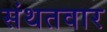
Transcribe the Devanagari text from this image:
संथतवार